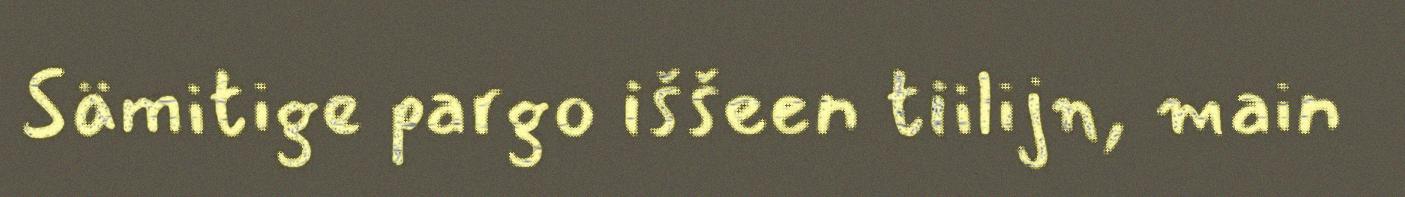
Sämitige pargo iššeen tiilijn, main